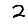
Digit: 2